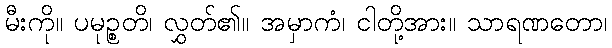
မီးကို။ ပမုဉ္စတိ၊ လွှတ်၏။ အမှာကံ၊ ငါတို့အား။ သာရဏတော၊